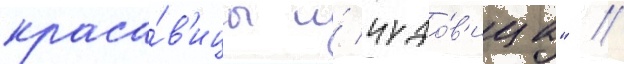
краса́в'ицы и́ чудо́в'ища" //